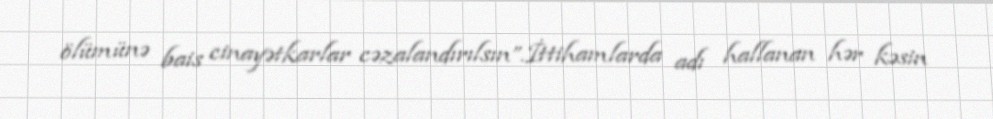
ölümünə bais cinayətkarlar cəzalandırılsın”.İttihamlarda adı hallanan hər kəsin